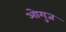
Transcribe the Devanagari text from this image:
ओगुज